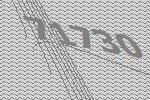
71730